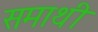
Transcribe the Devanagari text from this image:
समाथी